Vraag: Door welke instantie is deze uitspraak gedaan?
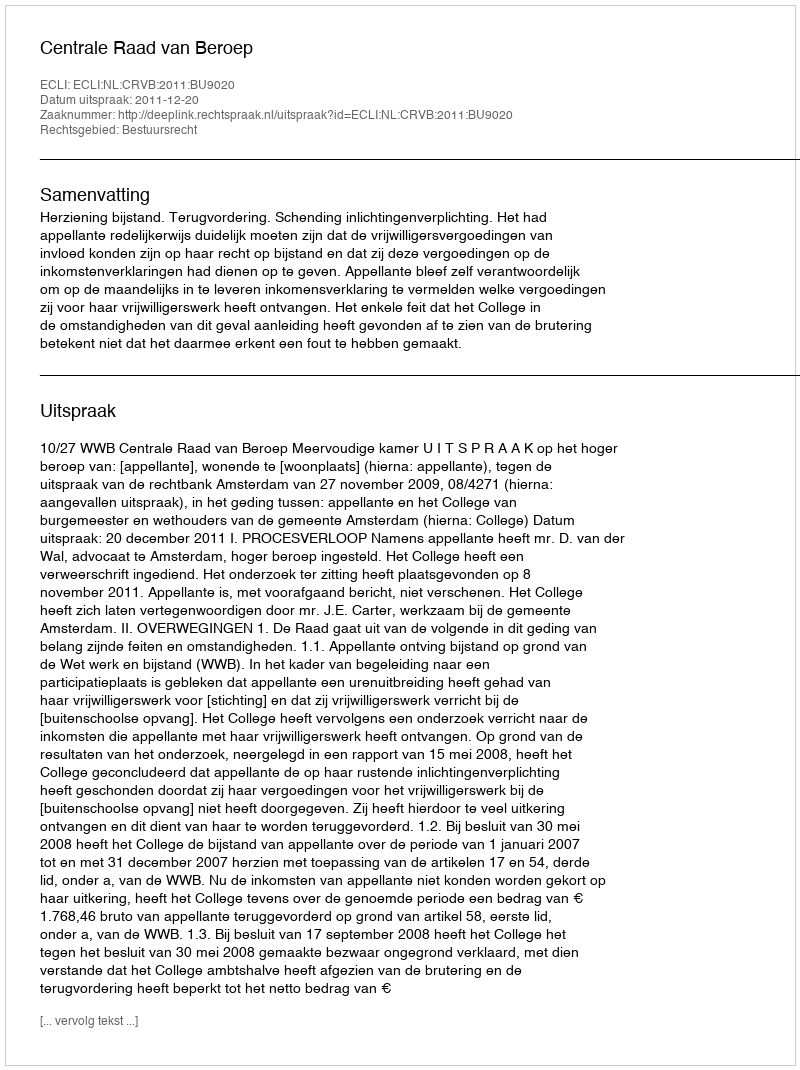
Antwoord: Centrale Raad van Beroep